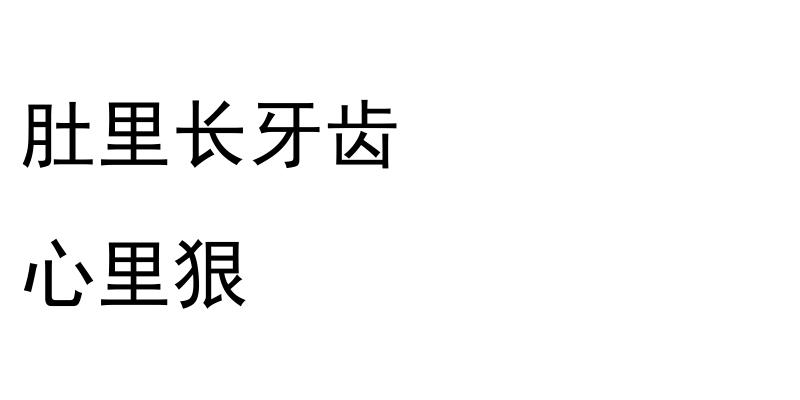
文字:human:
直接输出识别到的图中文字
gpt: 肚里长牙齿 心里狠